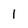
Character: I